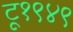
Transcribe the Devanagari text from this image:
टू१९४९